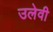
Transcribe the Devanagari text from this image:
उलेवी